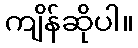
ကျိန်ဆိုပါ။